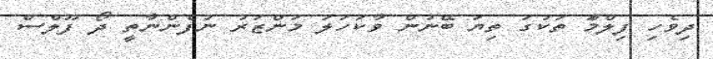
ދިވެހި ފިލްމަް ތަކުގަ ތިޔަ ބޭނުން ވާކަހަލަ މަންޒަރު ނުފެންނާތީ ދޯ ފޫލްސް